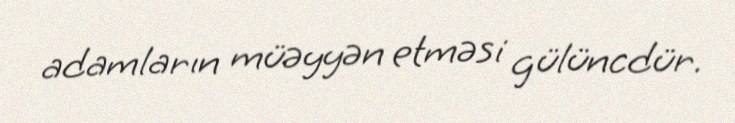
adamların müəyyən etməsi gülüncdür.